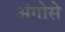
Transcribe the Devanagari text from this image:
अंगोसे